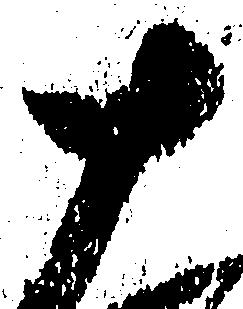
十